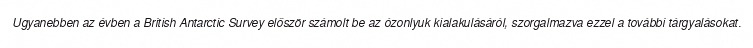
Ugyanebben az évben a British Antarctic Survey először számolt be az ózonlyuk kialakulásáról, szorgalmazva ezzel a további tárgyalásokat.